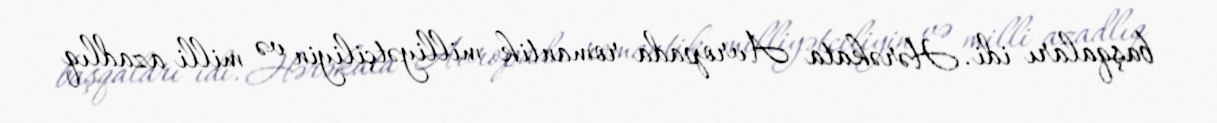
başqaları idi. Hərəkata Avropada romantik milliyətçiliyin və milli azadlıq